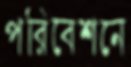
পরিবেশনে